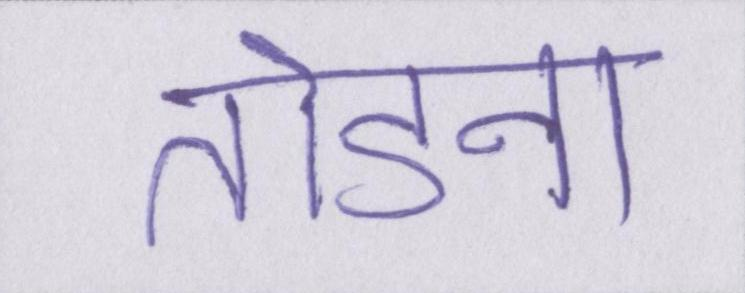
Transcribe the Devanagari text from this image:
तोडना